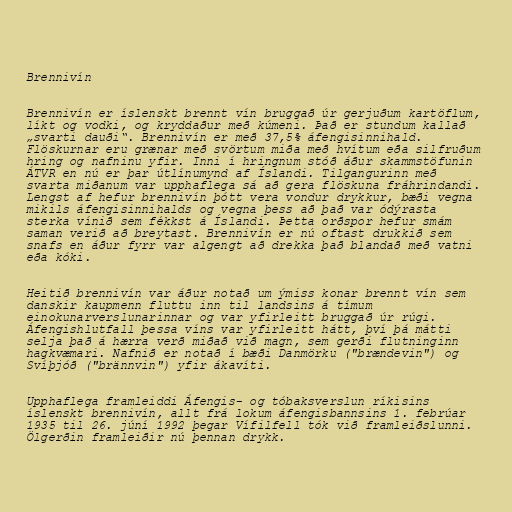
Brennivín

Brennivín er íslenskt brennt vín bruggað úr gerjuðum kartöflum,
líkt og vodki, og kryddaður með kúmeni. Það er stundum kallað
„svarti dauði“. Brennivín er með 37,5% áfengisinnihald.
Flöskurnar eru grænar með svörtum miða með hvítum eða silfruðum
hring og nafninu yfir. Inni í hringnum stóð áður skammstöfunin
ÁTVR en nú er þar útlínumynd af Íslandi. Tilgangurinn með
svarta miðanum var upphaflega sá að gera flöskuna fráhrindandi.
Lengst af hefur brennivín þótt vera vondur drykkur, bæði vegna
mikils áfengisinnihalds og vegna þess að það var ódýrasta
sterka vínið sem fékkst á Íslandi. Þetta orðspor hefur smám
saman verið að breytast. Brennivín er nú oftast drukkið sem
snafs en áður fyrr var algengt að drekka það blandað með vatni
eða kóki.

Heitið brennivín var áður notað um ýmiss konar brennt vín sem
danskir kaupmenn fluttu inn til landsins á tímum
einokunarverslunarinnar og var yfirleitt bruggað úr rúgi.
Áfengishlutfall þessa víns var yfirleitt hátt, því þá mátti
selja það á hærra verð miðað við magn, sem gerði flutninginn
hagkvæmari. Nafnið er notað í bæði Danmörku ("brændevin") og
Svíþjóð ("brännvin") yfir ákavíti.

Upphaflega framleiddi Áfengis- og tóbaksverslun ríkisins
íslenskt brennivín, allt frá lokum áfengisbannsins 1. febrúar
1935 til 26. júní 1992 þegar Vífilfell tók við framleiðslunni.
Ölgerðin framleiðir nú þennan drykk.